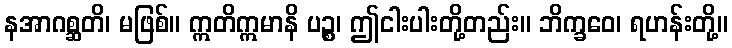
နအာဂစ္ဆတိ၊ မဖြစ်။ ဣတိဣမာနိ ပဉ္စ၊ ဤငါးပါးတို့တည်း။ ဘိက္ခဝေ၊ ရဟန်းတို့။